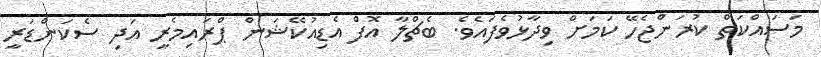
މަސައްކަތް ކުރަންޖެހޭ ކަމަށް ވިދާޅުވެފައެވެ. ބެޗްލާ އޮފް އެޑިއުކޭޝަން ޕްރައިމެރީ އަދި ސެކަންޑަރީ